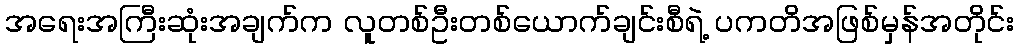
အရေးအကြီးဆုံးအချက်က လူတစ်ဦးတစ်ယောက်ချင်းစီရဲ့ ပကတိအဖြစ်မှန်အတိုင်း